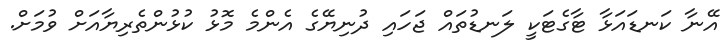
އޭނާ ކަނޑައަޅާ ޓާގެޓަކީ ލަނޑުތައް ޖަހައި ދުނިޔޭގެ އެންމެ މޮޅު ކުޅުންތެރިޔާއަށް ވުމަށް.